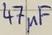
Text: 47µF